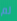
لم